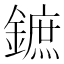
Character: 鏣